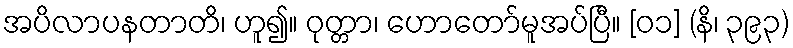
အပိလာပနတာတိ၊ ဟူ၍။ ဝုတ္တာ၊ ဟောတော်မူအပ်ပြီ။ [၀၁] (နိ၊ ၃၉၃)